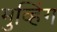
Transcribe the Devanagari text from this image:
मुव्हिंग